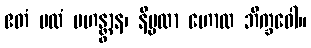
ဧတံ မလံ ပဟန္တွာန၊ နိမ္မလာ ဟောထ ဘိက္ခဝေါ။